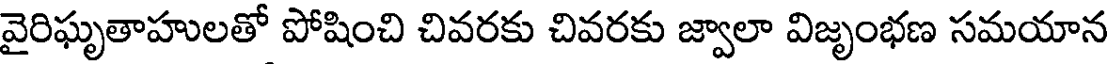
వైరిఘృతాహులతో పోషించి చివరకు చివరకు జ్వాలా విజృంభణ సమయాన